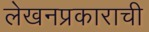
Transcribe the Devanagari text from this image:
लेखनप्रकाराची